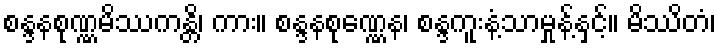
စန္ဒနစုဏ္ဏမိဿကန္တိ၊ ကား။ စန္ဒနစုဏ္ဏေန၊ စန္ဒကူးနံ့သာမှုန့်နှင့်။ မိဿိတံ၊